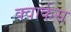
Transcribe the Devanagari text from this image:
क्वार्कस